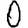
Digit: 0